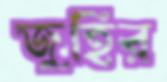
জুহির